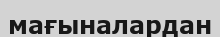
мағыналардан